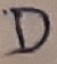
Text: D